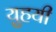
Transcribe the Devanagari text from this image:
युहयी